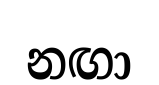
නඟා